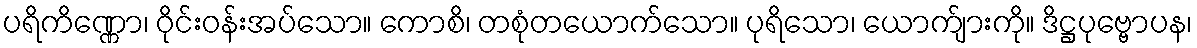
ပရိကိဏ္ဏော၊ ဝိုင်းဝန်းအပ်သော။ ကောစိ၊ တစုံတယောက်သော။ ပုရိသော၊ ယောက်ျားကို။ ဒိဋ္ဌပုဗ္ဗောပန၊